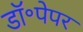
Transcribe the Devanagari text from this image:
डॉ॰पेपर